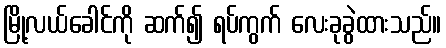
မြို့လယ်ခေါင်ကို ဆက်၍ ရပ်ကွက် လေးခုခွဲထားသည်။